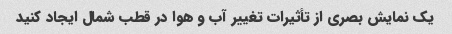
یک نمایش بصری از تأثیرات تغییر آب و هوا در قطب شمال ایجاد کنید